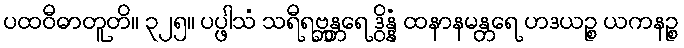
ပထဝီဓာတူတိ။ ၃၂၅။ ပပ္ဖါသံ သရီရဗ္ဘန္တရေ ဒွိန္နံ ထနာနမန္တရေ ဟဒယဉ္စ ယကနဉ္စ